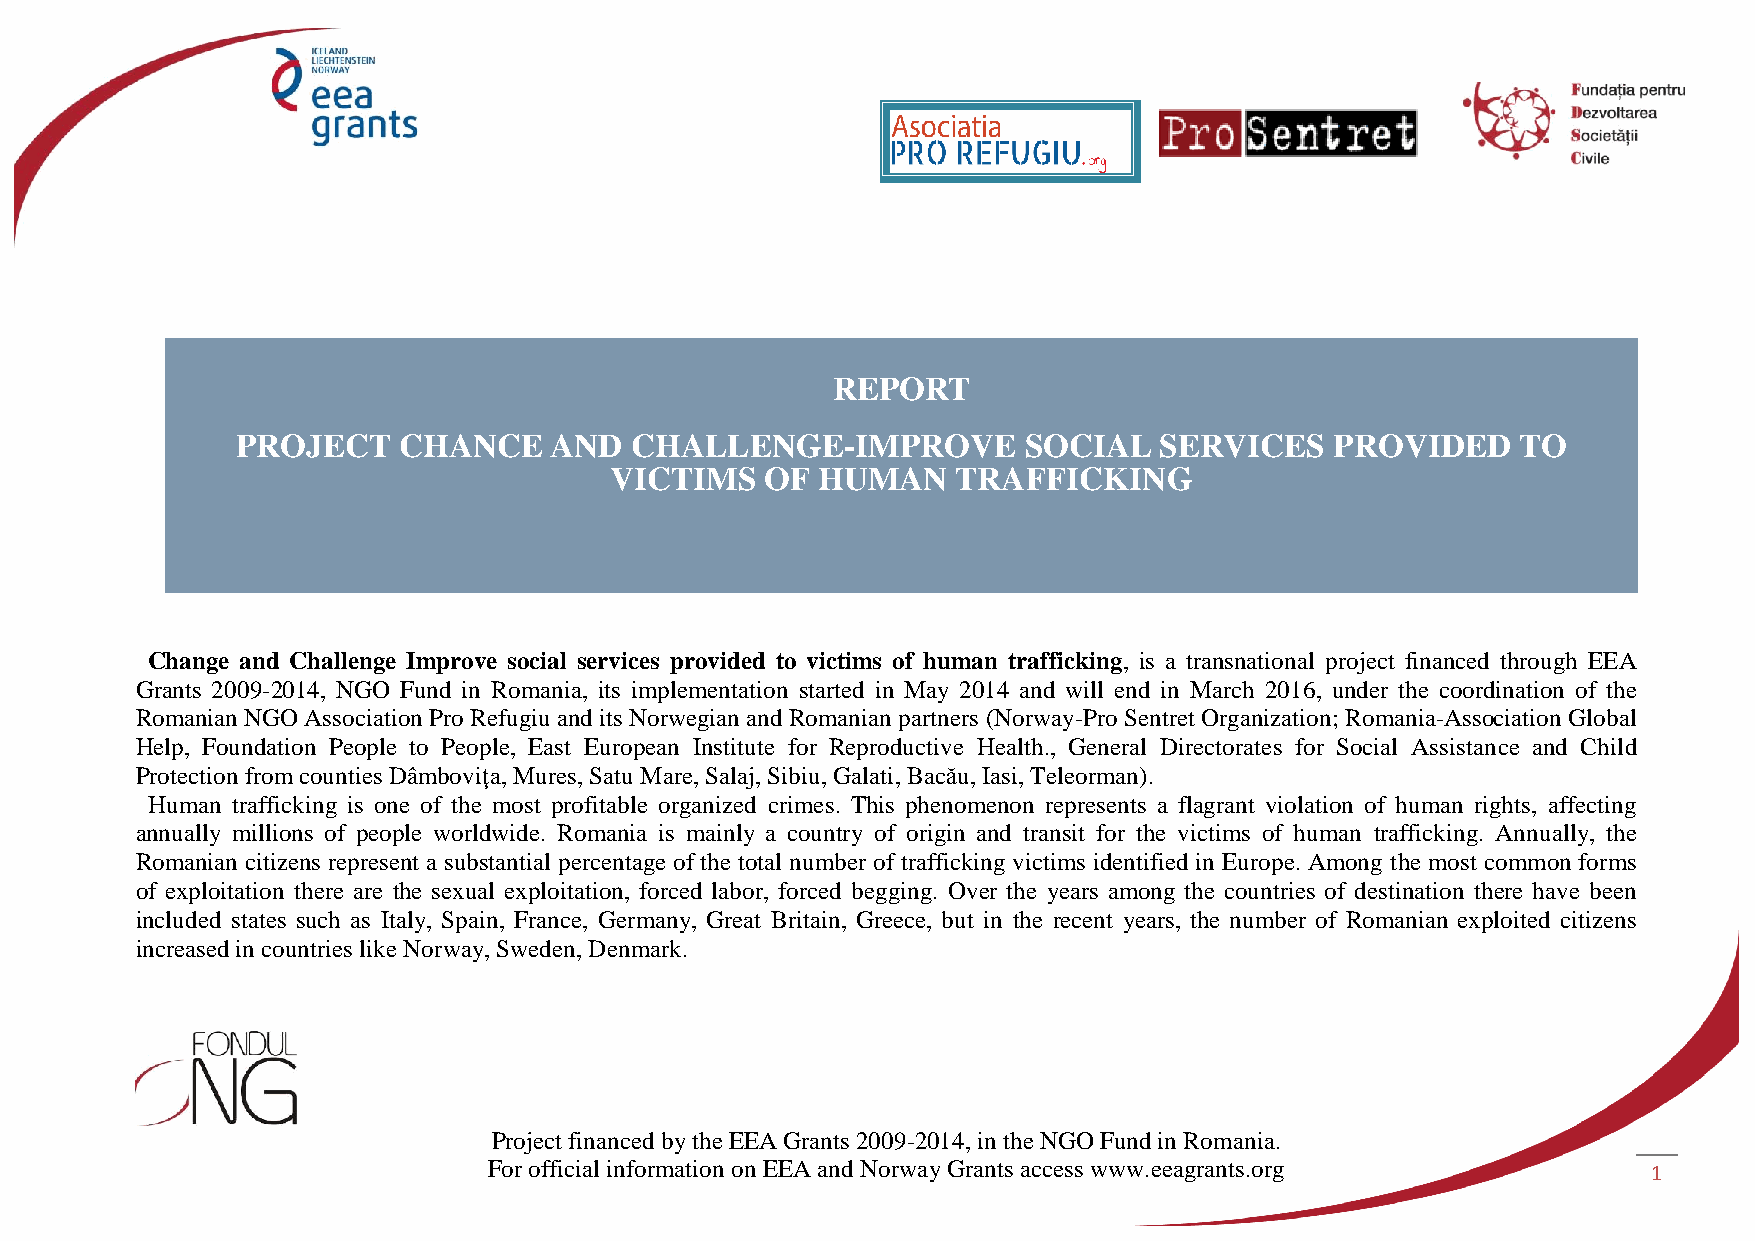
REPORT
 PROJECT   CHANCE    AND   CHALLENGE-IMPROVE         SOCIAL   SERVICES   PROVIDED     TO
 VICTIMS    OF HUMAN    TRAFFICKING
 Change and Challenge Improve social services provided to victims of human trafficking, is a transnational project financed through EEA
 Grants 2009-2014, NGO Fund in Romania, its implementation started in May 2014 and will end in March 2016, under the coordination of the
 Romanian NGO Association Pro Refugiu and its Norwegian and Romanian partners (Norway-Pro Sentret Organization; Romania-Association Global
 Help, Foundation People to People, East European Institute for Reproductive Health., General Directorates for Social Assistance and Child
 Protection from counties Dâmboviţa, Mures, Satu Mare, Salaj, Sibiu, Galati, Bacău, Iasi, Teleorman).
 Human trafficking is one of the most profitable organized crimes. This phenomenon represents a flagrant violation of human rights, affecting
 annually millions of people worldwide. Romania is mainly a country of origin and transit for the victims of human trafficking. Annually, the
 Romanian citizens represent a substantial percentage of the total number of trafficking victims identified in Europe. Among the most common forms
 of exploitation there are the sexual exploitation, forced labor, forced begging. Over the years among the countries of destination there have been
 included states such as Italy, Spain, France, Germany, Great Britain, Greece, but in the recent years, the number of Romanian exploited citizens
 increased in countries like Norway, Sweden, Denmark.
 Project financed by the EEA Grants 2009-2014, in the NGO Fund in Romania.
 For official information on EEA and Norway Grants access www.eeagrants.org   1